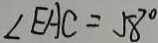
\angle E A C = 5 8 ^ { \circ }